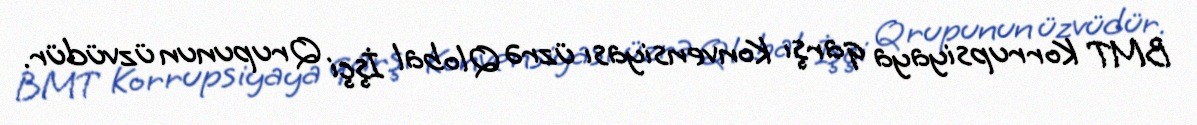
BMT Korrupsiyaya qarşı Konvensiyası üzrə Qlobal İşçi Qrupunun üzvüdür.